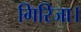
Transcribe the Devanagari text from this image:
गिरिजा।